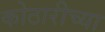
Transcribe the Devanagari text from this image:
कोठारीच्या